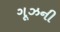
ગૂઝની